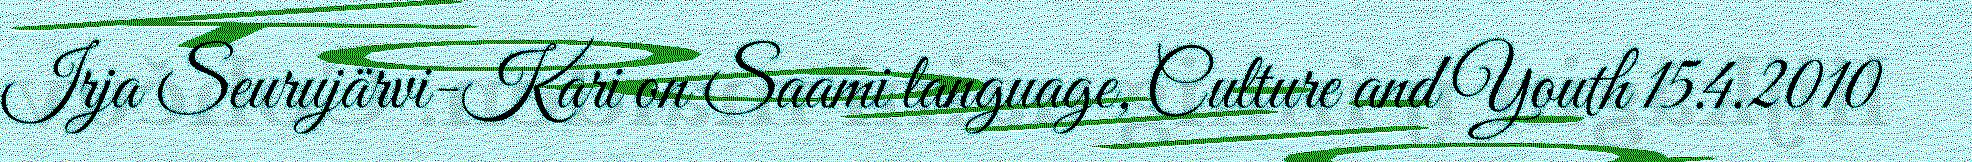
Irja Seurujärvi-Kari on Saami language, Culture and Youth 15.4.2010